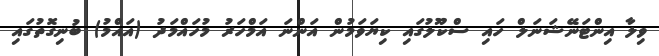
ވިލާ އިންޓަނޭޝަނަލް ހައި ސްކޫލުގައި ކިޔަވަމުން އަންނަ އަމްހަރު މުހައްމަދު (އައްމު) ބުނިގޮތުގައި